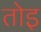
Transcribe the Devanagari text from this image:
तोइ